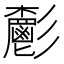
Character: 𩰧